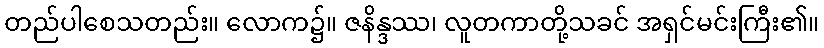
တည်ပါစေသတည်း။ လောက၌။ ဇနိန္ဒဿ၊ လူတကာတို့သခင် အရှင်မင်းကြီး၏။